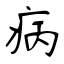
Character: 病